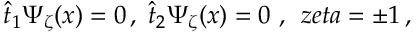
\hat { t } _ { 1 } \Psi _ { \zeta } ( x ) = 0 \, , \; \hat { t } _ { 2 } \Psi _ { \zeta } ( x ) = 0 \, \, , \; \, z e t a = \pm 1 \, ,